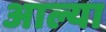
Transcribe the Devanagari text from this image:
अाल्या